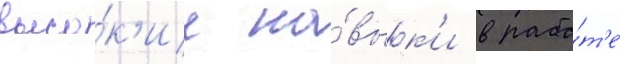
высо́к'ие на́вык'и в рабо́т'е